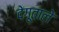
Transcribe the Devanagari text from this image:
देगूताले